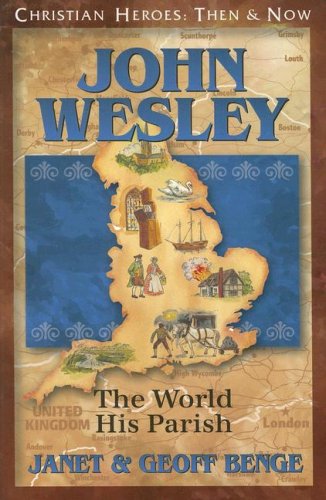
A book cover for John Wesley: The World His Parish (Christian Heroes: Then & Now); Geoff Benge; Children's Books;